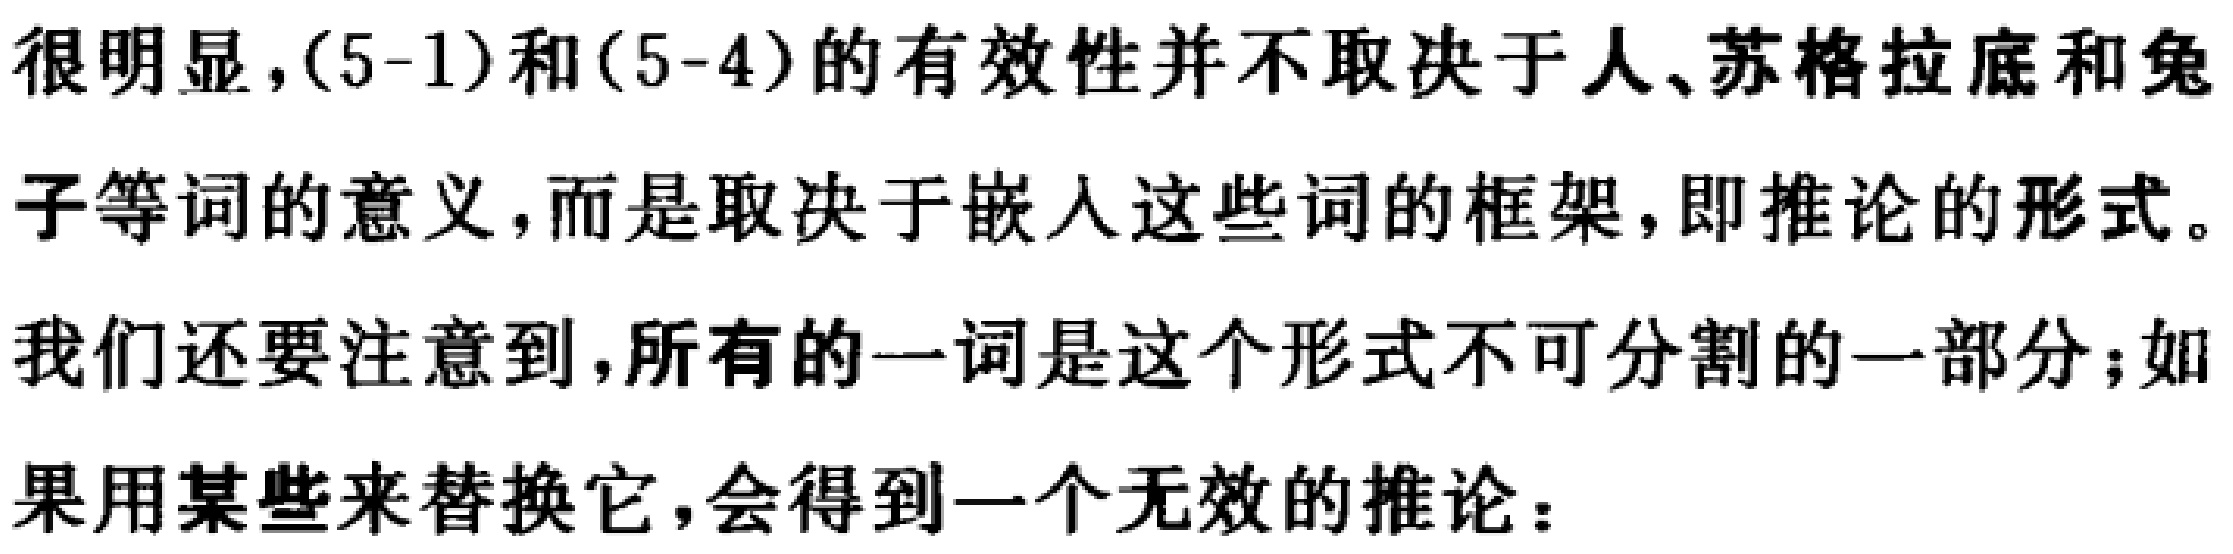
很明显，(5-1)和(5-4)的有效性并不取决于人、苏格拉底和兔子等词的意义，而是取决于嵌入这些词的框架，即推论的形式。我们还要注意到，所有的一词是这个形式不可分割的一部分；如果用某些来替换它，会得到一个无效的推论：